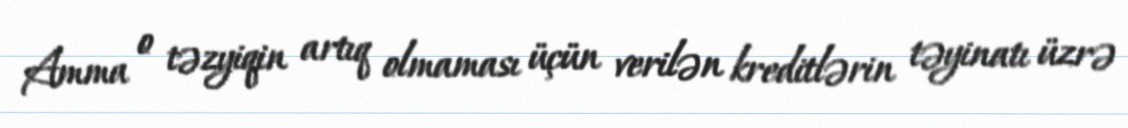
Amma o təzyiqin artıq olmaması üçün verilən kreditlərin təyinatı üzrə